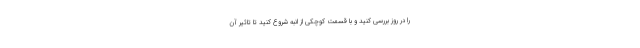
را در روز بررسی کنید و با قسمت کوچکی از انبه شروع کنید تا تاثیر آن